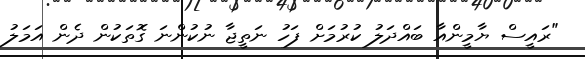
"ރައީސް ޔާމީންއާ ބައްދަލު ކުރުމަށް ފަހު ނަތީޖާ ނުކުންނަ ގޮތަކުން ދެން އަމަލު